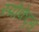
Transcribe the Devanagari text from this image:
स्प्रोकेट्स